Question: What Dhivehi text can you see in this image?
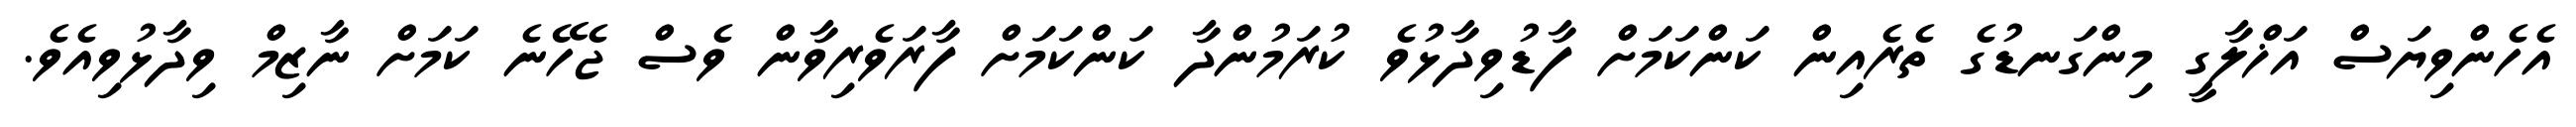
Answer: އެހެންވިޔަސް އަޚްލާގީ މިންގަނޑުގެ ތެރެއިން ކަންކަމަށް ފާޑުވިދާޅުވެ ކުރަމުންދާ ކަންކަމަށް ފާރަވެރިވާން ވެސް ޖެހޭނެ ކަމަށް ނާޒިމް ވިދާޅުވިއެވެ.